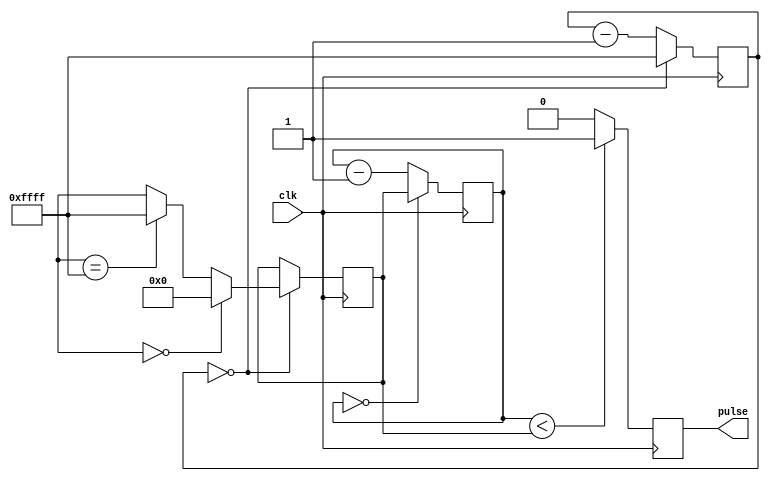
module DutyCyclePulseGenerator(
    input wire clk,
    output reg pulse
);

reg [15:0] pulse_width;
reg [15:0] pulse_counter;
reg [15:0] clock_divider;
reg [15:0] duty_cycle;

always @(posedge clk) begin
    if (pulse_counter < pulse_width) begin
        pulse <= 1;
    end else begin
        pulse <= 0;
    end
    
    if (pulse_counter == 0) begin
        pulse_counter <= pulse_width;
    end else begin
        pulse_counter <= pulse_counter - 1;
    end
    
    if (clock_divider == 0) begin
        if (duty_cycle == 0) begin
            pulse_width <= 0;
        end else if (duty_cycle == 65535) begin
            pulse_width <= 65535;
        end else begin
            pulse_width <= duty_cycle;
        end
    end else begin
        pulse_width <= pulse_width;
    end
    
    if (clock_divider == 0) begin
        clock_divider <= 65535;
    end else begin
        clock_divider <= clock_divider - 1;
    end
end

endmodule